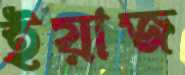
ইয়াজ